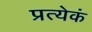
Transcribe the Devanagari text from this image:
प्रत्येकं